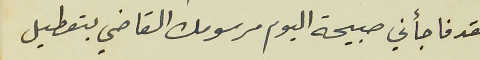
لقد فاجأني صبيحة اليوم مرسومك القاضي بتعطيل